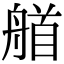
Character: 艏